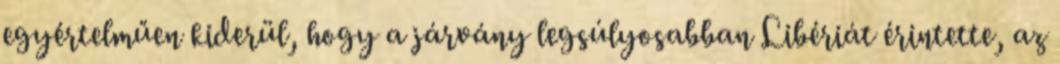
egyértelműen kiderül, hogy a járvány legsúlyosabban Libériát érintette, az